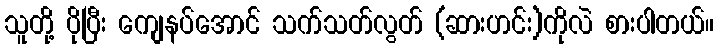
သူတို့ ပိုပြီး ကျေနပ်အောင် သက်သတ်လွတ် (ဆားဟင်း)ကိုလဲ စားပါတယ်။